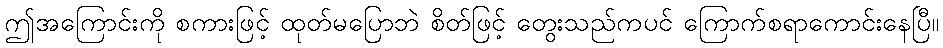
ဤအကြောင်းကို စကားဖြင့် ထုတ်မပြောဘဲ စိတ်ဖြင့် တွေးသည်ကပင် ကြောက်စရာကောင်းနေပြီ။